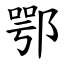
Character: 鄂